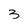
Character: 3